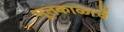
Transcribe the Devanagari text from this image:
भूतकाळाचें